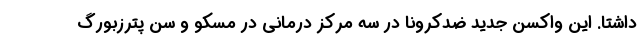
داشتا. این واکسن جدید ضدکرونا در سه مرکز درمانی در مسکو و سن پترزبورگ